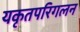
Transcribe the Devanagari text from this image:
यकृतपरिगलन